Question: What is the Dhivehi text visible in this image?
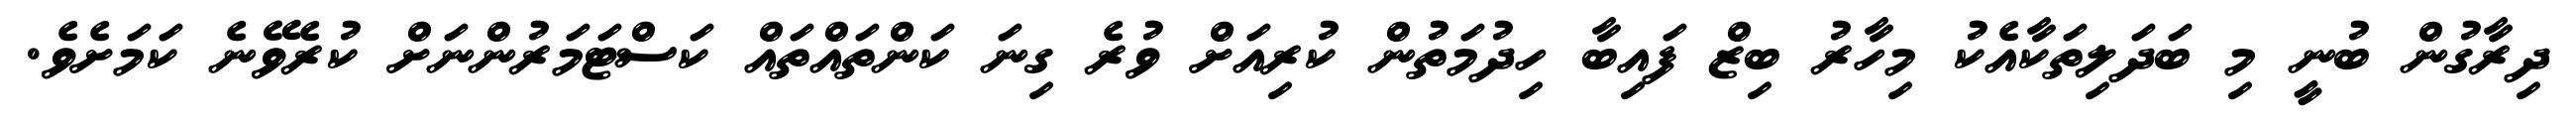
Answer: ދިރާގުން ބުނީ މި ބަދަލިތަކާއެކު މިހާރު ބިޒް ފައިބާ ހިދުމަތުން ކުރިއަށް ވުރެ ގިނަ ކަންތައްތައް ކަސްޓަމަރުންނަށް ކުރެވޭނެ ކަމަށެވެ.